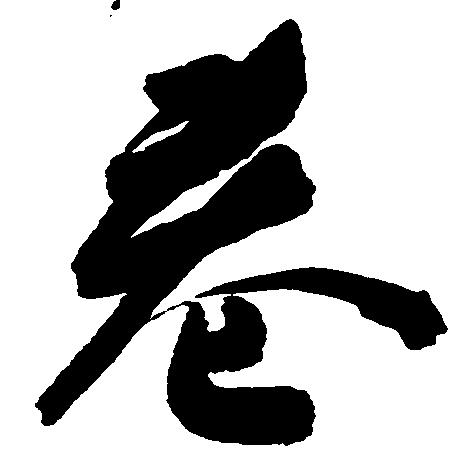
巷